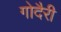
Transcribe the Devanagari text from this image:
गोदैरी